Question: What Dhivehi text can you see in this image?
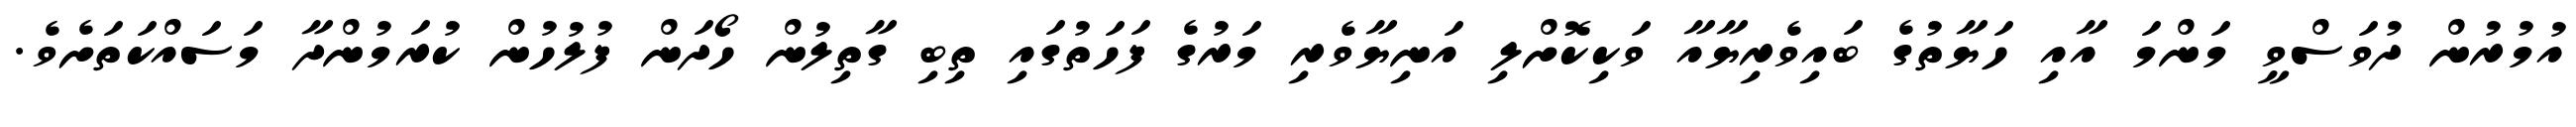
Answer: އުމުރުން ދުވަސްވީ މަންމަ އާއި ހަޔާތުގެ ބައިވެރިޔާއާ ވަކިކޮށްލި އަނިޔާވެރި މަރުގެ ފަހަތުގައި ތިބި ގާތިލުން ހޯދަން ފުލުހުން ކުރަމުންދާ މަސައްކަތަށެވެ.